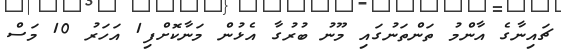
ޗައިނާގެ އާންމު ތަންތަނުގައި މޫނު ބުރުގާ އެޅުން މަނާކޮށްފި1 އަހަރު 10 މަސް